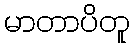
မာတာပိတူ